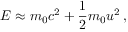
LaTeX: E \approx m _ { 0 } c ^ { 2 } + { \frac { 1 } { 2 } } m _ { 0 } u ^ { 2 } \, ,